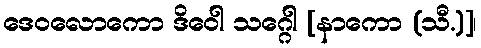
ဒေဝလောကော ဒိဝေါ သဂ္ဂေါ [နာကော (သီ.)]၊